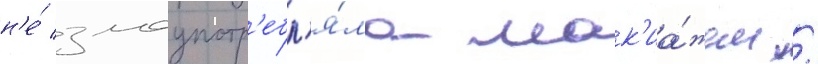
н'е́ злоупотр'ебл'я́ла мак'иа́жем /